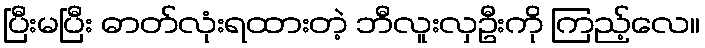
ပြီးမပြီး ဓာတ်လုံးရထားတဲ့ ဘီလူးလှဦးကို ကြည့်လေ။